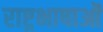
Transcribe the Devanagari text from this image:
राष्ट्रभाषाओं